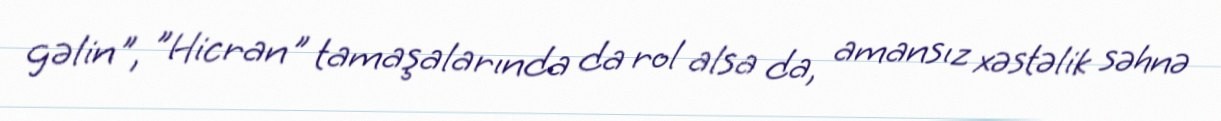
gəlin", "Hicran" tamaşalarında da rol alsa da, amansız xəstəlik səhnə